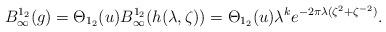
LaTeX: \begin{align*} B_\infty^{1_2}(g) = \Theta_{1_2}(u) B_\infty^{1_2}(h(\lambda, \zeta)) = \Theta_{1_2}(u) \lambda^k e^{-2 \pi \lambda (\zeta^2+\zeta^{-2})}.\end{align*}